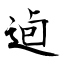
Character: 逌